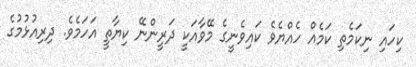
ކިހައި ނިކަމެތި ކަމެއް ހެއްޔެވެ ކައިވެނީގެ މޭވާއަކީ ދަރީންނޭ ކިޔާތީ އަހަމެވެ. ދިރިއުޅުމުގެ